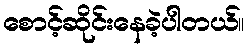
စောင့်ဆိုင်းနေခဲ့ပါတယ်။